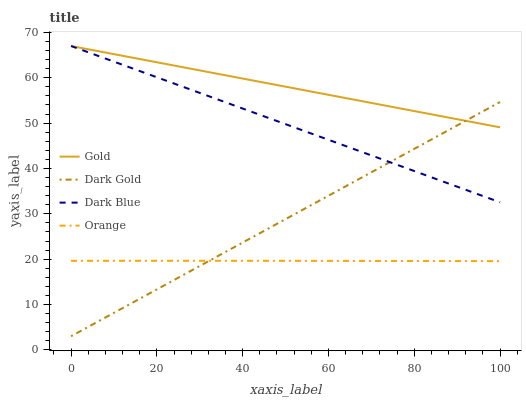
| xaxis_label | Gold | Dark Gold | Dark Blue | Orange |
 | --- | --- | --- | --- | --- |
 | 0 | 67 | 3 | 67 | 19.6 |
 | 5.88 | 65.9 | 6.04 | 65 | 19.6 |
 | 11.8 | 64.9 | 9.08 | 62.9 | 19.6 |
 | 17.6 | 63.8 | 12.1 | 60.9 | 19.6 |
 | 23.5 | 62.8 | 15.2 | 58.9 | 19.6 |
 | 29.4 | 61.7 | 18.2 | 56.9 | 19.6 |
 | 35.3 | 60.7 | 21.2 | 54.8 | 19.6 |
 | 41.2 | 59.6 | 24.3 | 52.8 | 19.6 |
 | 47.1 | 58.6 | 27.3 | 50.8 | 19.6 |
 | 52.9 | 57.5 | 30.3 | 48.8 | 19.6 |
 | 58.8 | 56.5 | 33.4 | 46.7 | 19.6 |
 | 64.7 | 55.4 | 36.4 | 44.7 | 19.6 |
 | 70.6 | 54.3 | 39.5 | 42.7 | 19.6 |
 | 76.5 | 53.3 | 42.5 | 40.6 | 19.6 |
 | 82.4 | 52.2 | 45.5 | 38.6 | 19.6 |
 | 88.2 | 51.2 | 48.6 | 36.6 | 19.6 |
 | 94.1 | 50.1 | 51.6 | 34.6 | 19.6 |
 | 100 | 49.1 | 54.6 | 32.5 | 19.6 |